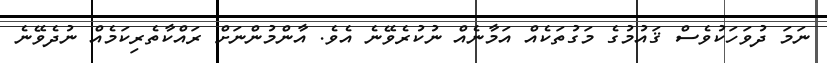
ނަމަ ދުވަހަކުވެސް ޤައުމުގެ މަގުތަކެއް އަމާނެއް ނުކުރެވޭނެ އެވެ. އާންމުންނަށް ރައްކާތެރިކަމެއް ނުދެވޭނެ